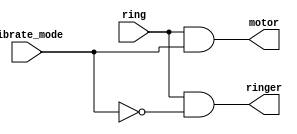
module ring_ctrl(input ring,vibrate_mode,
                  output ringer , motor            
    );
   assign motor=ring&vibrate_mode;
   assign ringer=ring&(~vibrate_mode); 
    
endmodule